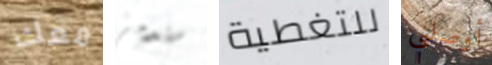
معك ستدمر للتغطية أوصلني